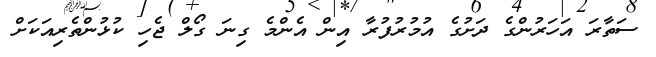
ސަތާރަ އަހަރުންގެ ދަށުގެ އުމުރުފުރާ އިން އެންމެ ގިނަ ގޯލް ޖެހި ކުޅުންތެރިއަކަށް